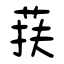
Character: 荴